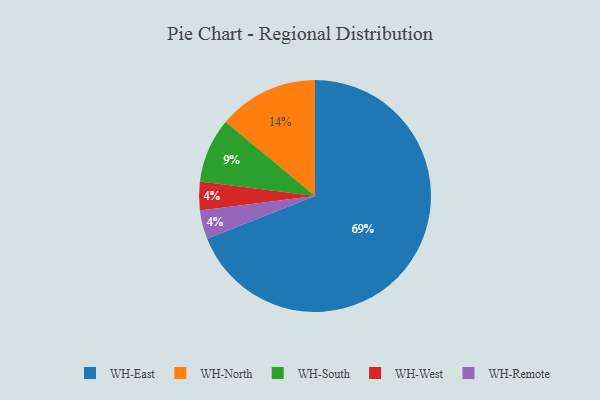
{"axis": {"x": "Category", "y": "Percentage"}, "legend": ["WH-East", "WH-North", "WH-Remote", "WH-South", "WH-West"], "data": [{"x": "WH-West", "y": 4, "type": "WH-West"}, {"x": "WH-Remote", "y": 4, "type": "WH-Remote"}, {"x": "WH-North", "y": 14, "type": "WH-North"}, {"x": "WH-South", "y": 9, "type": "WH-South"}, {"x": "WH-East", "y": 69, "type": "WH-East"}]}